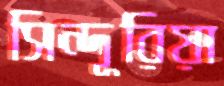
সিন্দূরিয়া